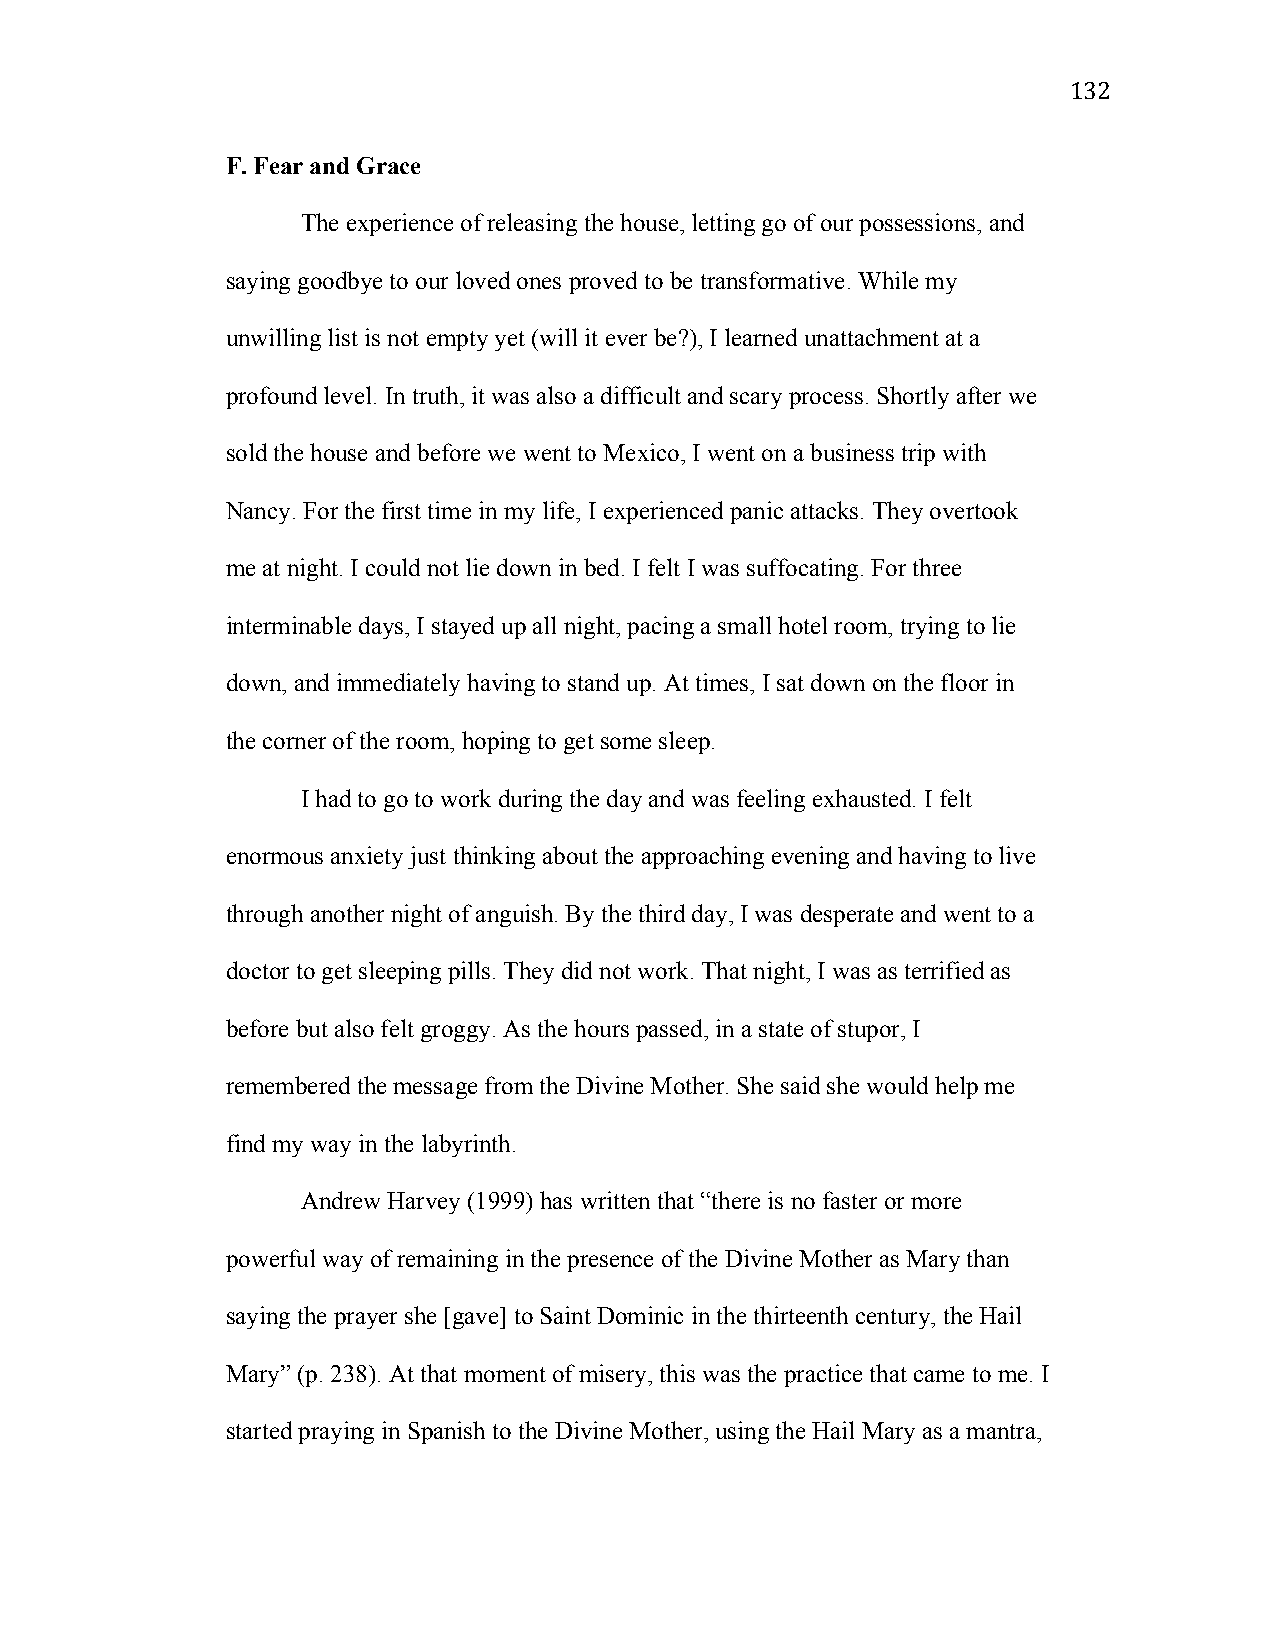
132
 F. Fear and Grace
 The experience of releasing the house, letting go of our possessions, and
 saying goodbye to our loved ones proved to be transformative. While my
 unwilling list is not empty yet (will it ever be?), I learned unattachment at a
 profound level. In truth, it was also a difficult and scary process. Shortly after we
 sold the house and before we went to Mexico, I went on a business trip with
 Nancy. For the first time in my life, I experienced panic attacks. They overtook
 me at night. I could not lie down in bed. I felt I was suffocating. For three
 interminable days, I stayed up all night, pacing a small hotel room, trying to lie
 down, and immediately having to stand up. At times, I sat down on the floor in
 the corner of the room, hoping to get some sleep.
 I had to go to work during the day and was feeling exhausted. I felt
 enormous anxiety just thinking about the approaching evening and having to live
 through another night of anguish. By the third day, I was desperate and went to a
 doctor to get sleeping pills. They did not work. That night, I was as terrified as
 before but also felt groggy. As the hours passed, in a state of stupor, I
 remembered the message from the Divine Mother. She said she would help me
 find my way in the labyrinth.
 Andrew Harvey (1999) has written that “there is no faster or more
 powerful way of remaining in the presence of the Divine Mother as Mary than
 saying the prayer she [gave] to Saint Dominic in the thirteenth century, the Hail
 Mary” (p. 238). At that moment of misery, this was the practice that came to me. I
 started praying in Spanish to the Divine Mother, using the Hail Mary as a mantra,